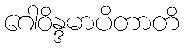
ဂေါဝိန္ဒမာပိတာတိ